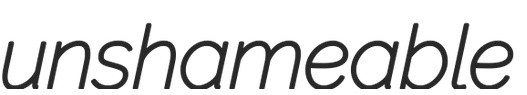
unshameable